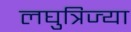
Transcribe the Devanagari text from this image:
लघुत्रिज्या